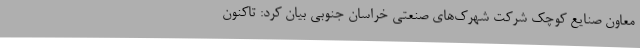
معاون صنایع کوچک شرکت شهرک‌های صنعتی خراسان جنوبی بیان کرد: تاکنون